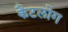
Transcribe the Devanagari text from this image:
कैटलोग